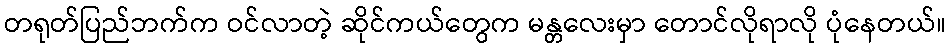
တရုတ်ပြည်ဘက်က ဝင်လာတဲ့ ဆိုင်ကယ်တွေက မန္တလေးမှာ တောင်လိုရာလို ပုံနေတယ်။